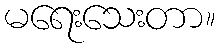
မရေးသေးတာ။